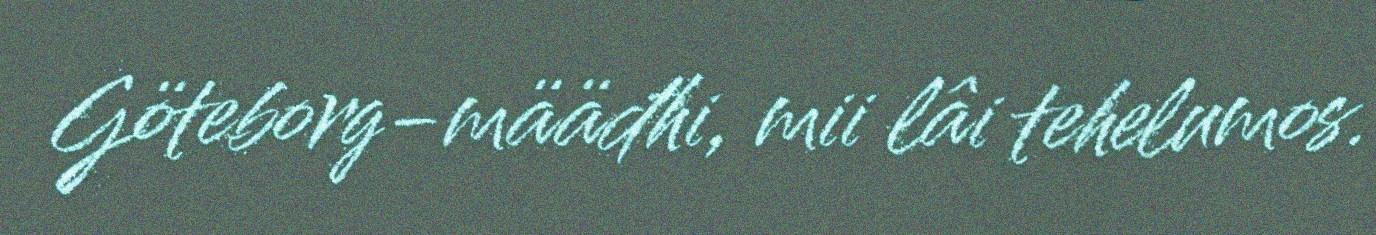
Göteborg-määđhi, mii lâi tehelumos.